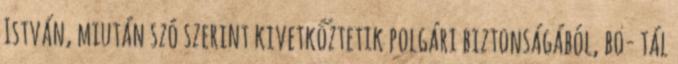
István, miután szó szerint kivetkőztetik polgári biztonságából, bo- tál